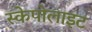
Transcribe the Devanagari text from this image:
स्केपोलाइट